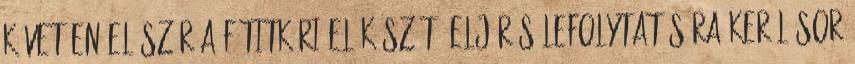
követően először a főtitkári előkészítő eljárás lefolytatására kerül sor